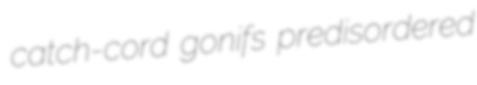
catch-cord gonifs predisordered